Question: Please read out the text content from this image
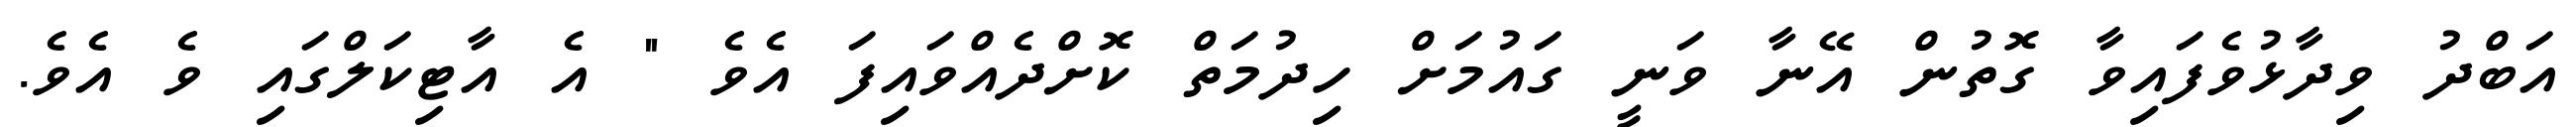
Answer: އަބްދު ވިދާޅުވެފައިވާ ގޮތުން އޭނާ ވަނީ ގައުމަށް ހިދުމަތް ކޮށްދެއްވައިފަ އެވެ " އެ އާޓިކަލްގައި ވެ އެވެ.